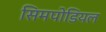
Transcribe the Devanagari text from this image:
सिमपोडियल